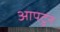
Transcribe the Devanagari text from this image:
आपटुन